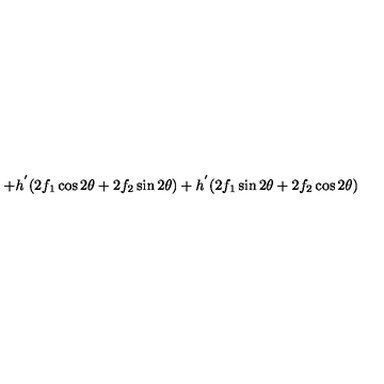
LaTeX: + h ^ { ' } ( 2 f _ { 1 } \cos 2 \theta + 2 f _ { 2 } \sin 2 \theta ) + h ^ { ' } ( 2 f _ { 1 } \sin 2 \theta + 2 f _ { 2 } \cos 2 \theta )